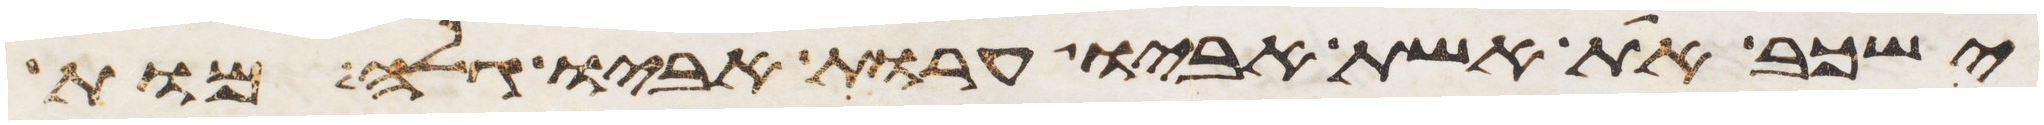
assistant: ישכב את אשת אביו ערות אביו גלה מות